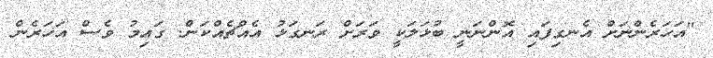
"އަހަރެންނަށް އެނގިފައި އޮންނަނީ ބުޅަލަކީ ވަރަށް ރަނގަޅު އެއްޗެއްކަން. ގައިމު ވެސް އަހަރެން